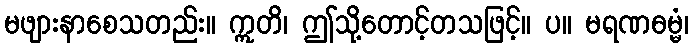
မဖျားနာစေသတည်း။ ဣတိ၊ ဤသို့တောင့်တသဖြင့်။ ပ။ မရဏဓမ္မံ၊